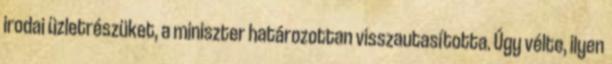
irodai üzletrészüket, a miniszter határozottan visszautasította. Úgy vélte, ilyen